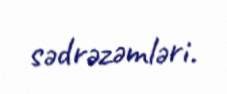
sədrəzəmləri.